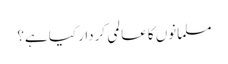
مسلمانوں کا عالمی کردار کیا ہے؟